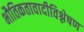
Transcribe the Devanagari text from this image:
भौतिकतावादीविश्लेषण